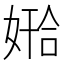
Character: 𫱅